Medical and sanitary report on the native army of Bombay for the year
Year: 1877
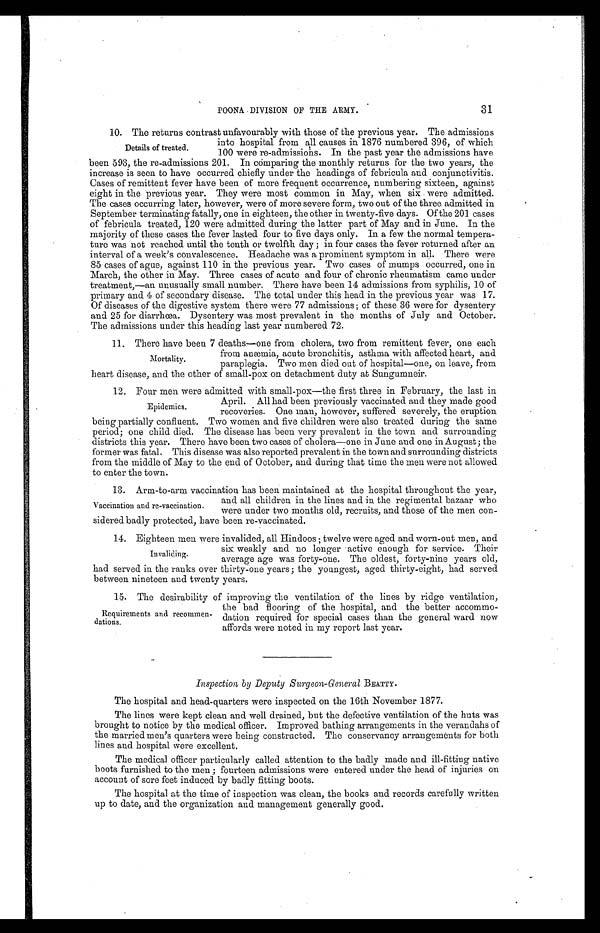
31
POONA DIVISION OF THE ARMY.
10. The returns contrast unfavourably with those of the previous year. The admissions
into hospital from all causes in 1876 numbered 396, of which
100 were re-admissions. In the past year the admissions have
been 593, the re-admissions 201. In comparing the monthly returns for the two years, the
increase is seen to have occurred chiefly under the headings of febricula and conjunctivitis.
Cases of remittent fever have been of more frequent occurrence, numbering sixteen, against
eight in the previous year. They were most common in May, when six were admitted.
The cases occurring later, however, were of more severe form, two out of the three admitted in
September terminating fatally, one in eighteen, the other in twenty-five days. Of the 201 cases
of febricula treated, 120 were admitted during the latter part of May and in June. In the
majority of these cases the fever lasted four to five days only. In a few the normal tempera
-ture was not reached until the tenth or twelfth day; in four cases the fever returned after an
interval of a week's convalescence. Headache was a prominent symptom in all. There were
85 cases of ague, against 110 in the previous year. Two cases of mumps occurred, one in
March, the other in May. Three cases of acute and four of chronic rheumatism came under
treatment,—an unusually small number. There have been 14 admissions from syphilis, 10 of
primary and 4 of secondary disease. The total under this head in the previous year was 17.
Of diseases of the digestive system there were 77 admissions; of these 36 were for dysentery
and 25 for diarrhœa. Dysentery was most prevalent in the months of July and October.
The admissions under this heading last year numbered 72.
1 1 . T h e r e h a v e b e e n 7 d e a t h s — o n e f r o m c h o l e r a , t w o f r o m r e m i t t e n t f e v e r , o n e e a c h
from anæmia, acute bronchitis, asthma with affected heart, and
paraplegia. Two men died out of hospital—one, on leave, from
heart disease, and the other of small-pox on detachment duty at Sungumneir.
12. Four men were admitted with small-pox—the first three in February, the last in
April. All had been previously vaccinated and they made good
recoveries. One man, however, suffered severely, the eruption
being partially confluent. Two women and five children were also treated during the same
period; one child died. The disease has been very prevalent in the town and surrounding
districts this year. There have been two cases of cholera—one in June and one in August; the
former was fatal. This disease was also reported prevalent in the town and surrounding districts
from the middle of May to the end of October, and during that time the men were not allowed
to enter the town.
1 3 . A r m - t o - a r m v a c c i n a t i o n h a s b e e n m a i n t a i n e d a t t h e h o s p i t a l t h r o u g h o u t t h e y e a r ,
and all children in the lines and in the regimental bazaar who
were under two months old, recruits, and those of the men con
- s i d e r e d b a d l y p r o t e c t e d , h a v e b e e n r e - v a c c i n a t e d .
14. Eighteen men were invalided, all Hindoos; twelve were aged and worn-out men, and
six weakly and no longer active enough for service. Their
average age was forty-one. The oldest, forty-nine years old,
had served in the ranks over thirty-one years; the youngest, aged thirty-eight, had served
between nineteen and twenty years.
1 5 . T h e d e s i r a b i l i t y o f i m p r o v i n g t h e v e n t i l a t i o n o f t h e l i n e s b y r i d g e v e n t i l a t i o n ,
the bad flooring of the hospital, and the better accommo
-dation required for special cases than the general ward now
affords were noted in my report last year.
Inspection by Deputy Surgeon-General BEATTY.
The hospital and head-quarters were inspected on the 16th November 1877.
The lines were kept clean and well drained, but the defective ventilation of the huts was
brought to notice by the medical officer. Improved bathing arrangements in the verandahs of
the married men's quarters were being constructed. The conservancy arrangements for both
lines and hospital were excellent.
The medical officer particularly called attention to the badly made and ill-fitting native
boots furnished to the men; fourteen admissions were entered under the head of injuries on
account of sore feet induced by badly fitting boots.
The hospital at the time of inspection was clean, the books and records carefully written
up to date, and the organization and management generally good.
Details of treated.
Mortality.
Epidemics.
Vaccination and re-vaccination.
Invaliding.
Requirements and recommen
-dations.